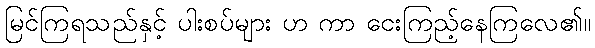
မြင်ကြရသည်နှင့် ပါးစပ်များ ဟ ကာ ငေးကြည့်နေကြလေ၏။